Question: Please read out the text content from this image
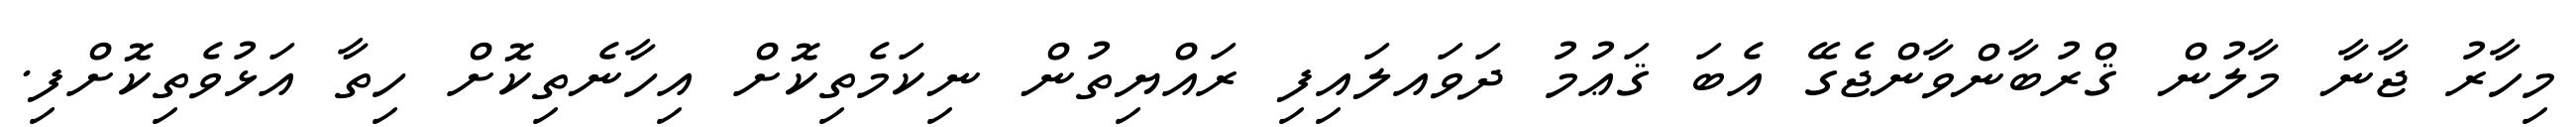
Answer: މިހާރު ޖާނާ މާލުން ޤްރުބާންވާންޖެގޭ އެބަ ޤަޢުމު ދަވައލައިފި ރައްޔިތުން ނިކަމެތިކޮށް އިހާނެތިކޮށް ހިތާ އަޅުވެތިކޮށްފި.